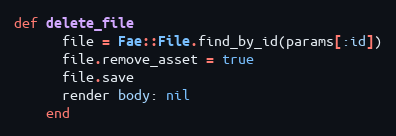
Language: Ruby
def delete_file
      file = Fae::File.find_by_id(params[:id])
      file.remove_asset = true
      file.save
      render body: nil
    end